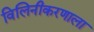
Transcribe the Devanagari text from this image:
विलिनीकरणाला